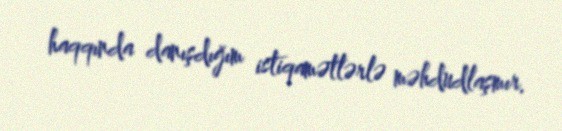
haqqında danışdığım istiqamətlərlə məhdudlaşmır.